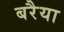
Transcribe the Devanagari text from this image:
बरैया